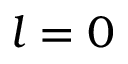
l = 0